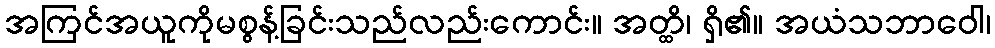
အကြင်အယူကိုမစွန့်ခြင်းသည်လည်းကောင်း။ အတ္ထိ၊ ရှိ၏။ အယံသဘာဝေါ၊